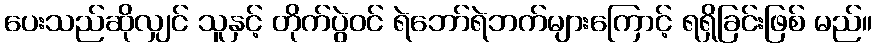
ပေးသည်ဆိုလျှင် သူနှင့် တိုက်ပွဲဝင် ရဲဘော်ရဲဘက်များကြောင့် ရရှိခြင်းဖြစ် မည်။